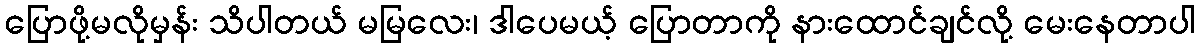
ပြောဖို့မလိုမှန်း သိပါတယ် မမြလေး၊ ဒါပေမယ့် ပြောတာကို နားထောင်ချင်လို့ မေးနေတာပါ